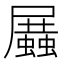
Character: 𧒝